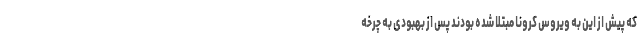
که پیش از این به ویروس کرونا مبتلا شده بودند پس از بهبودی به چرخه